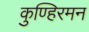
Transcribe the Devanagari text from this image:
कुण्हिरमन